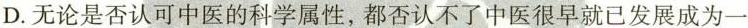
D.无论是否认可中医的科学属性，都否认不了中医很早就已发展成为一